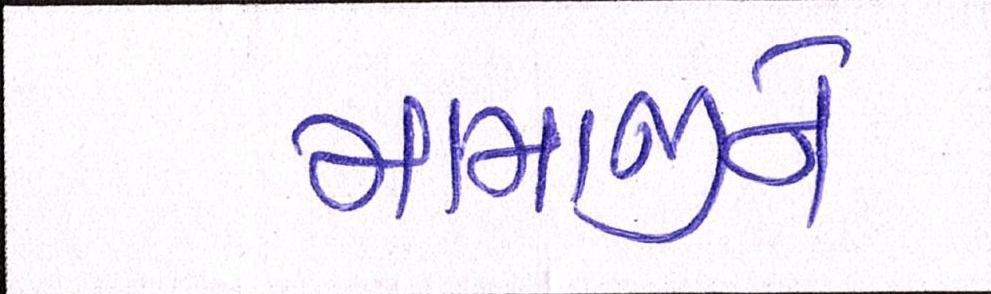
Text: મામાજીને